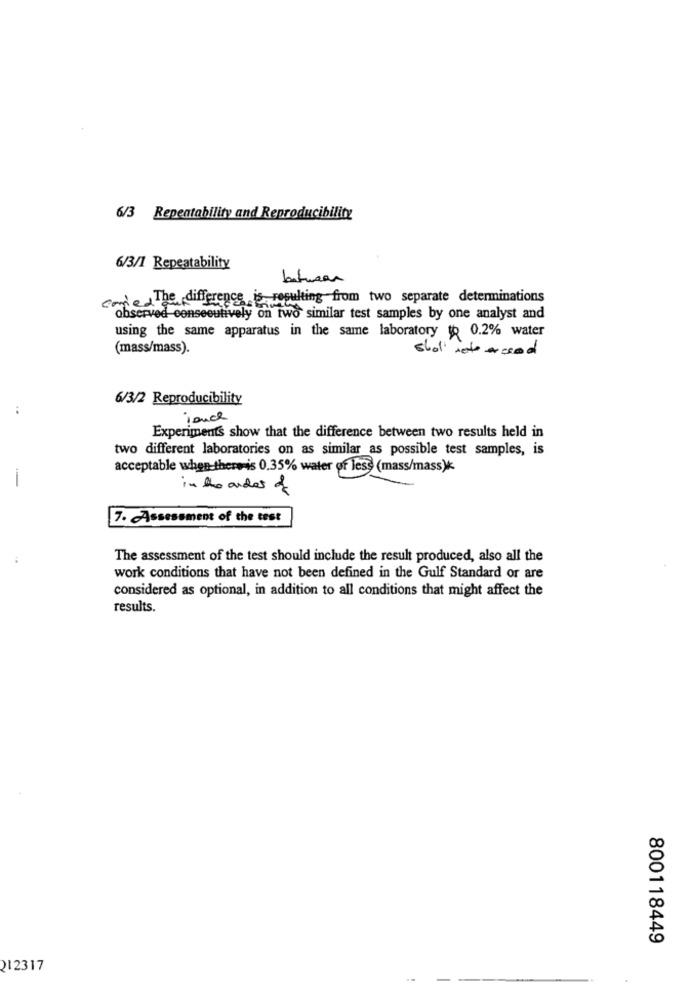
6/3 Repentability and Reproducibility
6/3/1 Repeatability
batman
caried The difference is resulting from two separate determinations
observed consecutively on two similar test samples by one analyst and
using the same apparatus in the same laboratory to 0.2% water
(mass/mass).
shal nete eresod
6/3/2 Reproducibility
Touch
Experiments show that the difference between two results held in
two different laboratories on as similar as possible test samples, is
acceptable when there-is 0.35% water of less (mass/mass)k
-
in the order of
7. Assessment of the test
The assessment of the test should include the result produced, also all the
work conditions that have not been defined in the Gulf Standard or are
considered as optional, in addition to all conditions that might affect the
results.
800118449
212317